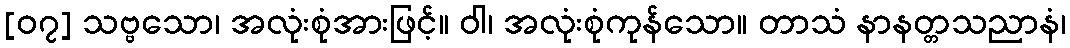
[၀၇] သဗ္ဗသော၊ အလုံးစုံအားဖြင့်။ ဝါ၊ အလုံးစုံကုန်သော။ တာသံ နာနတ္တသညာနံ၊